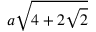
a { \sqrt { 4 + 2 { \sqrt { 2 } } } }